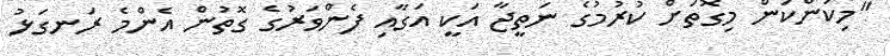
"މިކަންކަން މިގޮތަށް ކުރުމުގެ ނަތީޖާ އަކީ އަގާއި ފެންވަރުގެ ގޮތުން އެންމެ ރަނގަޅު